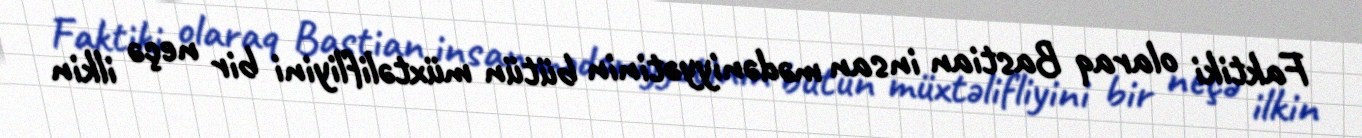
Faktiki olaraq Bastian insan mədəniyyətinin bütün müxtəlifliyini bir neçə ilkin